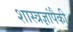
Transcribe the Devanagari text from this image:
शास्त्रज्ञांपैकी